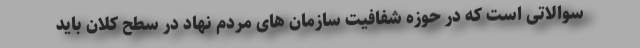
سوالاتی است که در حوزه شفافیت سازمان های مردم نهاد در سطح کلان باید